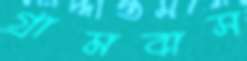
গ্রামবাস